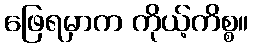
ဖြေရမှာက ကိုယ့်ကိစ္စ။